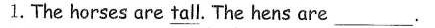
1.The horses are tall. The hens are \underline{}___.